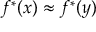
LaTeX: f ^ { * } ( x ) \approx f ^ { * } ( y )